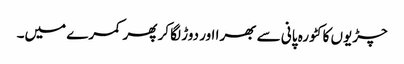
چڑیوں کا کٹورہ پانی سے بھرا اور دوڑ لگا کر پھر کمرے میں۔